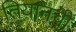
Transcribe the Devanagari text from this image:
तियानची